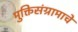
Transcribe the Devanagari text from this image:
मुक्तिसंग्रामाचे